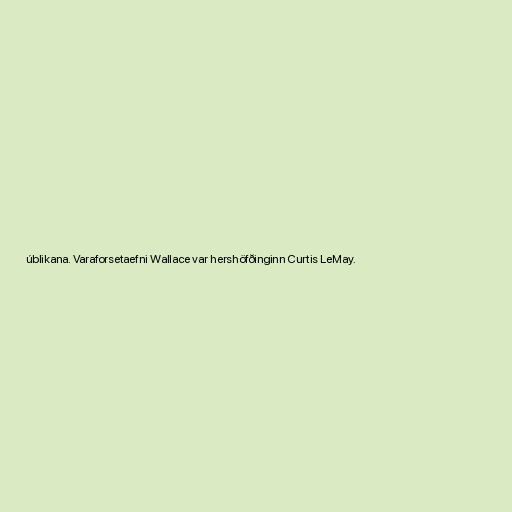
úblikana. Varaforsetaefni Wallace var hershöfðinginn Curtis LeMay.